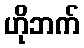
ဟိုဘက်